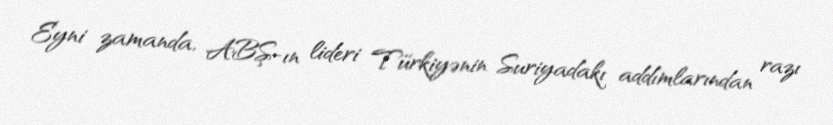
Eyni zamanda, ABŞ-ın lideri Türkiyənin Suriyadakı addımlarından razı